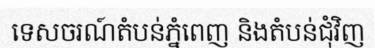
ទេសចរណ៍តំបន់ភ្នំពេញ និងតំបន់ជុំវិញ